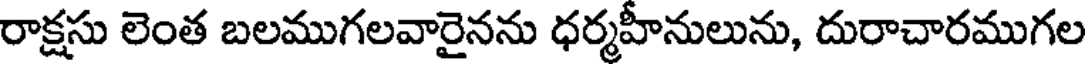
రాక్షసు లెంత బలముగలవారైనను ధర్మహీనులును, దురాచారముగల